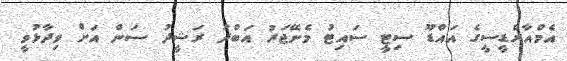
އެމްއާރްޑީސީގެ އައްޑޫ ސިޓީ ސައިޓު މެނޭޖަރު އަބްދު ރަޝީދު ސަން އަށް ވިދާޅުވީ